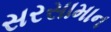
સરસામાન